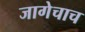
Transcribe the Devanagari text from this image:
जागेचाच